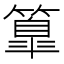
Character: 𥴚